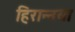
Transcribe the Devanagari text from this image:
हिरान्नया